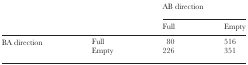
|  |  | <COLSPAN=2> AB direction |
 | --- | --- | --- | --- |
 |  |  | Full | Empty |
 | <ROWSPAN=2> BA direction | Full | 80 | 516 |
 | Empty | 226 | 351 |